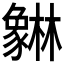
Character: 𰶯